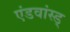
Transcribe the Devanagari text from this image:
एंडवांस्ड्